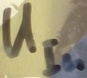
Text: UIn